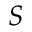
S